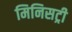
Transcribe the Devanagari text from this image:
मिनिसट्री